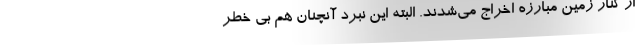
از کنار زمین مبارزه اخراج می‌شدند. البته این نبرد آنچنان هم بی خطر